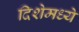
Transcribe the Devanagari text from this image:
दिशेमध्ये